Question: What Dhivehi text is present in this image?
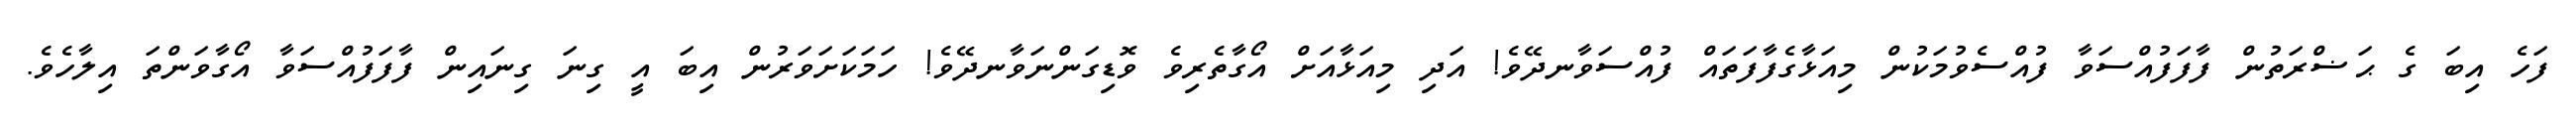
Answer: ފަހެ އިބަ ގެ ޙަޟްރަތުން ފާފަފުއްސަވާ ފުއްސެވުމަކުން މިއަޅާގެފާފަތައް ފުއްސަވާނދޭވެ! އަދި މިއަޅާއަށް އޯގާތެރިވެ ވޮޑިގަންނަވާނދޭވެ! ހަމަކަށަވަރުން އިބަ އީ ގިނަ ގިނައިން ފާފަފުއްސަވާ އޯގާވަންތަ އިލާހެވެ.